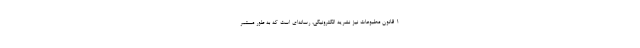
1 قانون مطبوعات نیز نشریه الکترونیکی، رسانه‌ای است که به طور مستمر